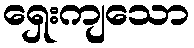
ရှေးကျသော